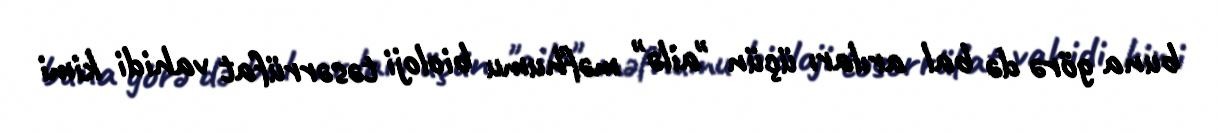
buna görə də bal arıları üçün "ailə" məfhumu bioloji təsərrüfat vahidi kimi